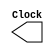
`timescale 1ns / 1ns
module CLOCK(Clock);
	output reg Clock;
	initial
	begin
		Clock=0;
	end
	always
	begin
		#31.25
		Clock=~(Clock);
	end
endmodule